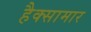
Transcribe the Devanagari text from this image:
हैक्सामार